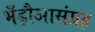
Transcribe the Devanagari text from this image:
भँड़ौआसंग्रह